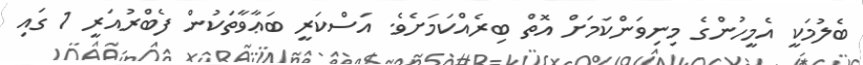
ބެލުމަކީ އެމީހުންގެ މިނިވަންކަމަށް އޮތް ބިރެއްކަމަށެވެ. އަސްކަރީ ބަޢާވާތަކުން ފެބްރުއަރީ 1 ގައި